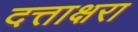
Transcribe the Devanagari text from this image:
दत्ताक्षरा